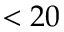
< 2 0